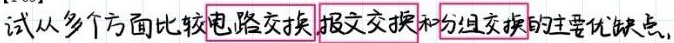
试从多个方面比较电路交换、报文交换和分组交换的主要优缺点。